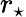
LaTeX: r_{\star}